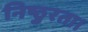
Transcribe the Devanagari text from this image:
निष्ठुरता।